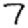
Digit: 7